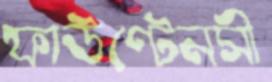
ফাউণ্টেনসী